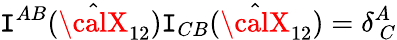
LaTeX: \mathtt{I}^{AB}(\hat{{{\calX}}}_{12})\mathtt{I}_{CB}(\hat{{{\calX}}}_{12})=\delta_{~C}^{A}